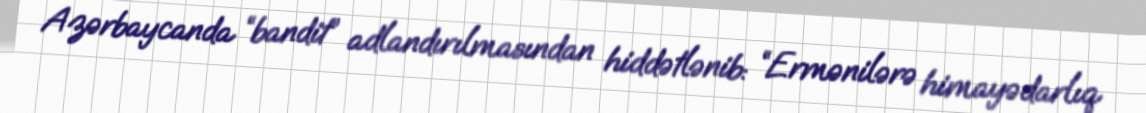
Azərbaycanda “bandit” adlandırılmasından hiddətlənib: “Ermənilərə himayədarlıq